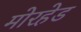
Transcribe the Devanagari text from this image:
मोरहेड